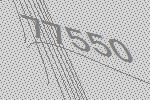
77550